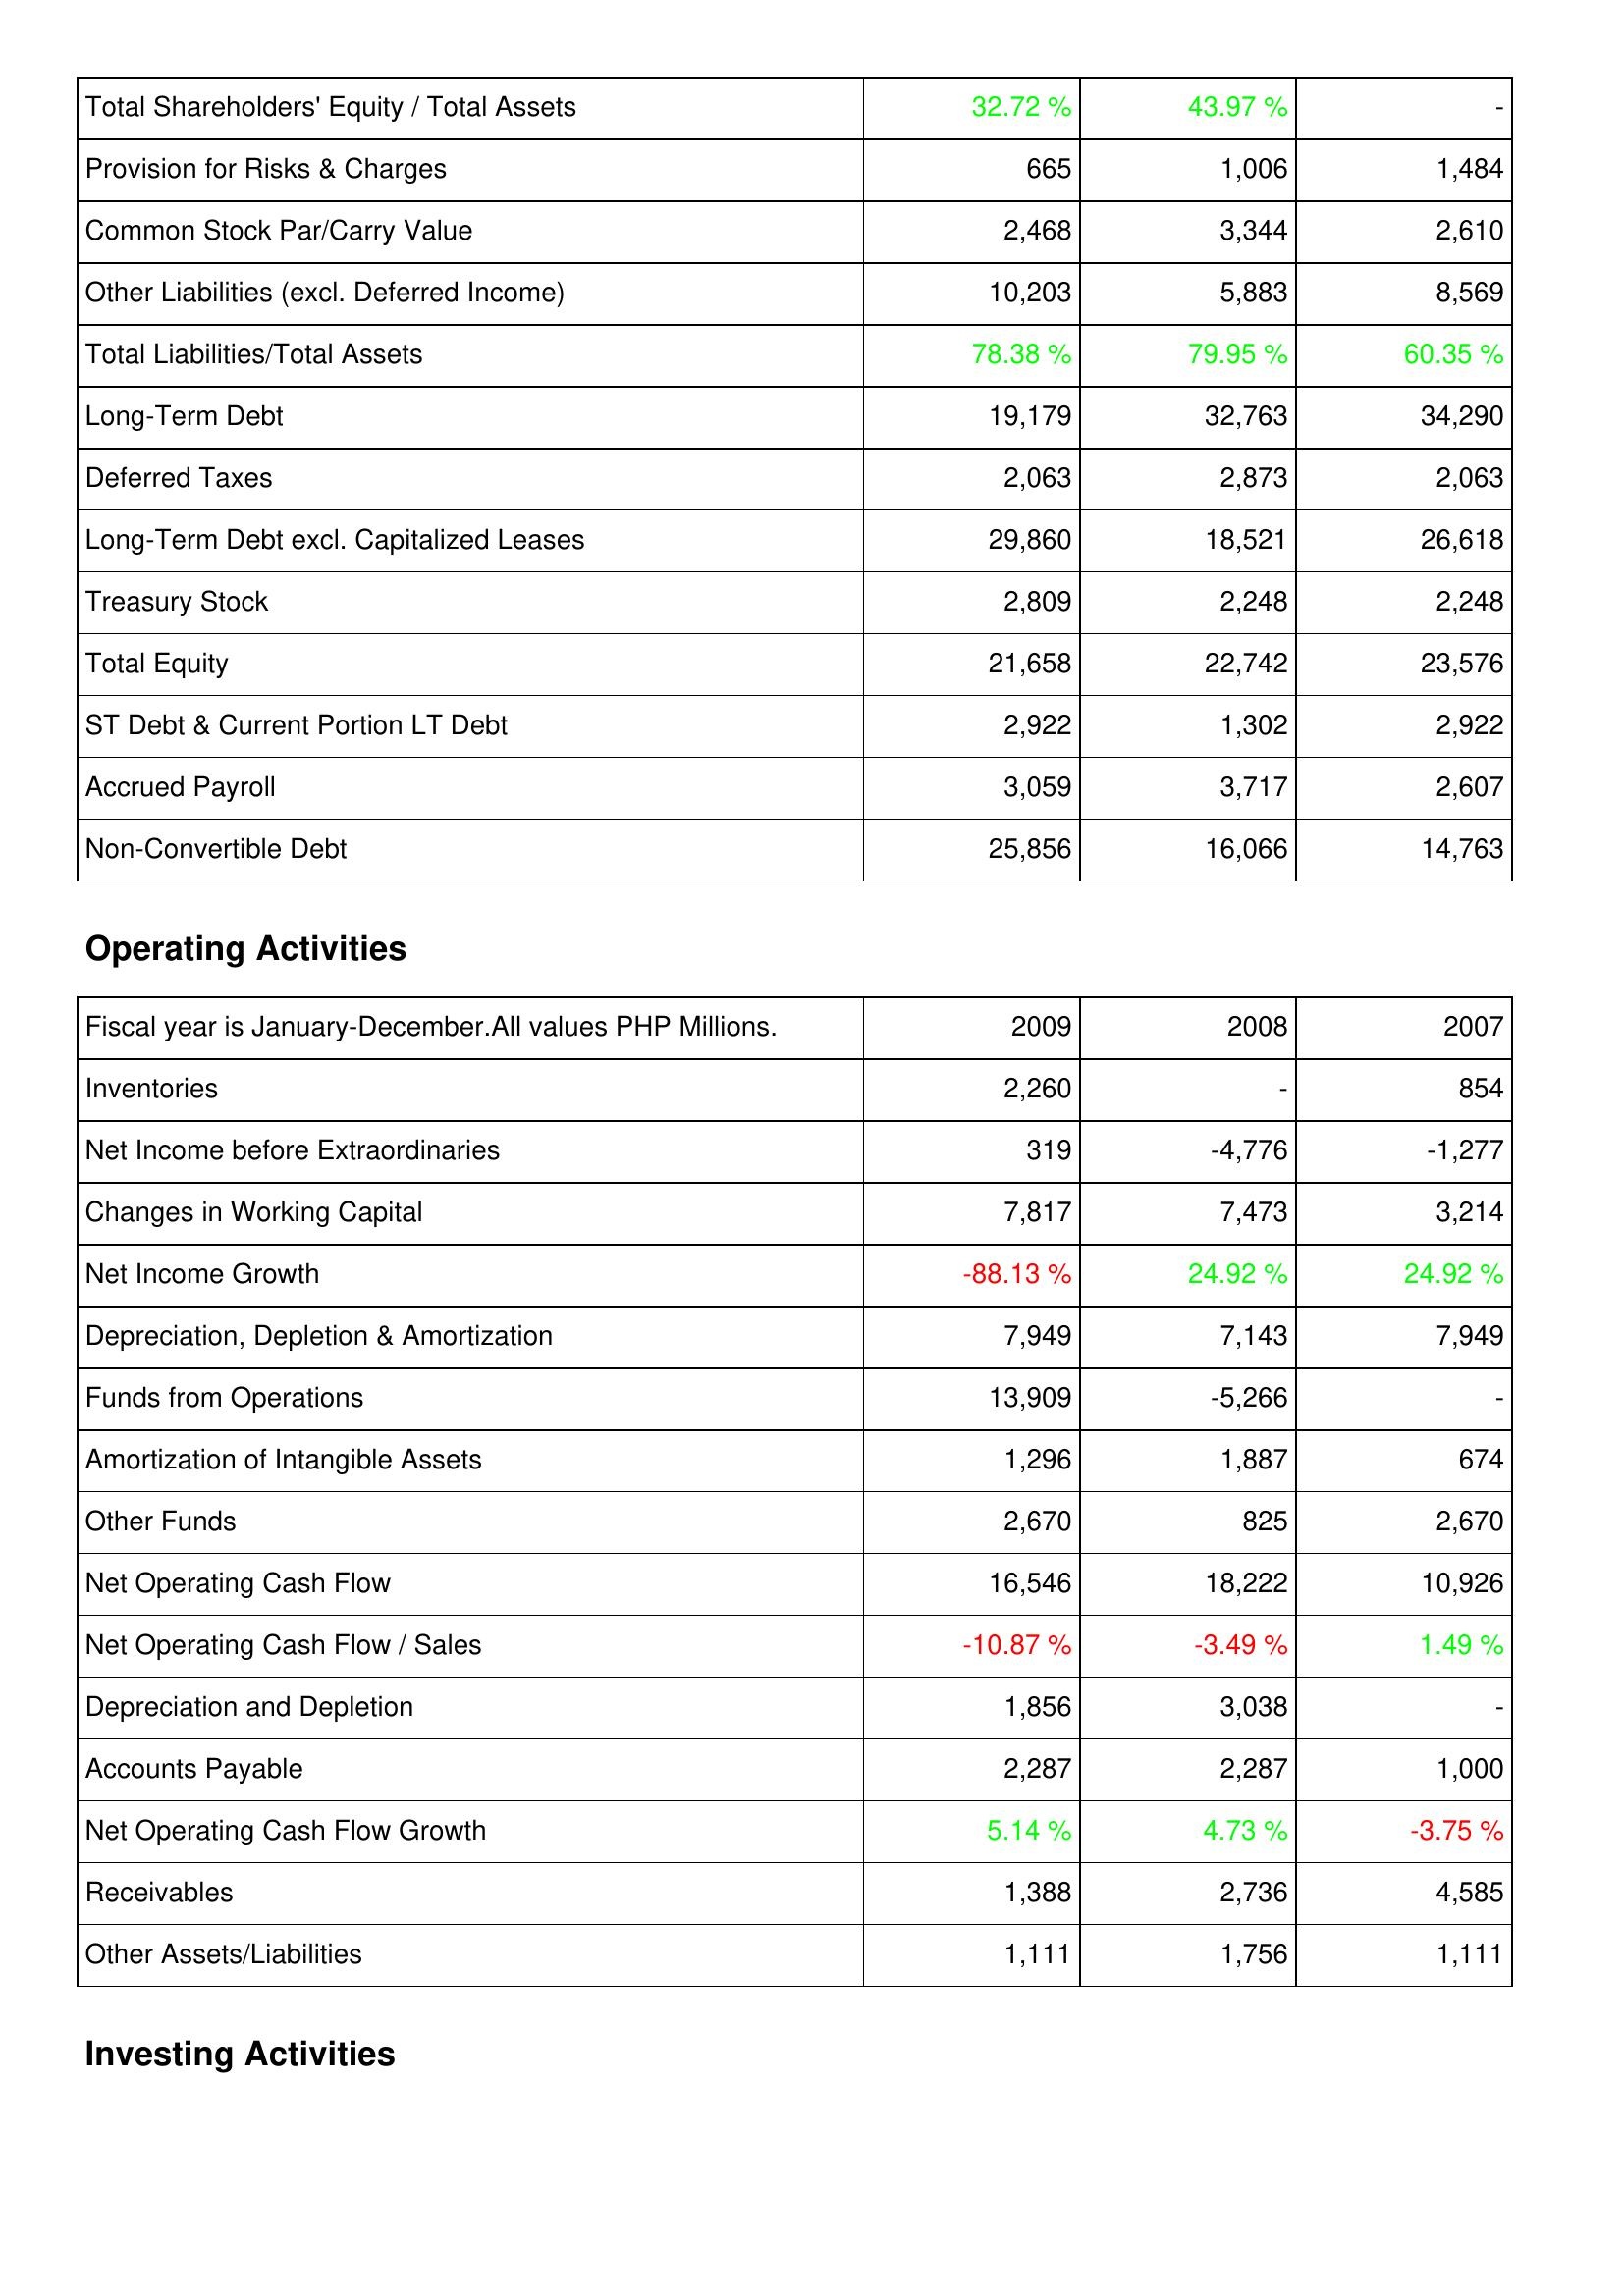
2009: Liabilities & Shareholders' Equity: Total Shareholders' Equity / Total Assets: 32.72 %
Provision for Risks & Charges: 665
Common Stock Par/Carry Value: 2,468
Other Liabilities (excl. Deferred Income): 10,203
Total Liabilities/Total Assets: 78.38 %
Long-Term Debt: 19,179
Deferred Taxes: 2,063
Long-Term Debt excl. Capitalized Leases: 29,860
Treasury Stock: 2,809
Total Equity: 21,658
ST Debt & Current Portion LT Debt: 2,922
Accrued Payroll: 3,059
Non-Convertible Debt: 25,856
Operating Activities: Inventories: 2,260
Net Income before Extraordinaries: 319
Changes in Working Capital: 7,817
Net Income Growth: -88.13 %
Depreciation, Depletion & Amortization: 7,949
Funds from Operations: 13,909
Amortization of Intangible Assets: 1,296
Other Funds: 2,670
Net Operating Cash Flow: 16,546
Net Operating Cash Flow / Sales: -10.87 %
Depreciation and Depletion: 1,856
Accounts Payable: 2,287
Net Operating Cash Flow Growth: 5.14 %
Receivables: 1,388
Other Assets/Liabilities: 1,111
2008: Liabilities & Shareholders' Equity: Total Shareholders' Equity / Total Assets: 43.97 %
Provision for Risks & Charges: 1,006
Common Stock Par/Carry Value: 3,344
Other Liabilities (excl. Deferred Income): 5,883
Total Liabilities/Total Assets: 79.95 %
Long-Term Debt: 32,763
Deferred Taxes: 2,873
Long-Term Debt excl. Capitalized Leases: 18,521
Treasury Stock: 2,248
Total Equity: 22,742
ST Debt & Current Portion LT Debt: 1,302
Accrued Payroll: 3,717
Non-Convertible Debt: 16,066
Operating Activities: Inventories: -
Net Income before Extraordinaries: -4,776
Changes in Working Capital: 7,473
Net Income Growth: 24.92 %
Depreciation, Depletion & Amortization: 7,143
Funds from Operations: -5,266
Amortization of Intangible Assets: 1,887
Other Funds: 825
Net Operating Cash Flow: 18,222
Net Operating Cash Flow / Sales: -3.49 %
Depreciation and Depletion: 3,038
Accounts Payable: 2,287
Net Operating Cash Flow Growth: 4.73 %
Receivables: 2,736
Other Assets/Liabilities: 1,756
2007: Liabilities & Shareholders' Equity: Total Shareholders' Equity / Total Assets: -
Provision for Risks & Charges: 1,484
Common Stock Par/Carry Value: 2,610
Other Liabilities (excl. Deferred Income): 8,569
Total Liabilities/Total Assets: 60.35 %
Long-Term Debt: 34,290
Deferred Taxes: 2,063
Long-Term Debt excl. Capitalized Leases: 26,618
Treasury Stock: 2,248
Total Equity: 23,576
ST Debt & Current Portion LT Debt: 2,922
Accrued Payroll: 2,607
Non-Convertible Debt: 14,763
Operating Activities: Inventories: 854
Net Income before Extraordinaries: -1,277
Changes in Working Capital: 3,214
Net Income Growth: 24.92 %
Depreciation, Depletion & Amortization: 7,949
Funds from Operations: -
Amortization of Intangible Assets: 674
Other Funds: 2,670
Net Operating Cash Flow: 10,926
Net Operating Cash Flow / Sales: 1.49 %
Depreciation and Depletion: -
Accounts Payable: 1,000
Net Operating Cash Flow Growth: -3.75 %
Receivables: 4,585
Other Assets/Liabilities: 1,111